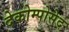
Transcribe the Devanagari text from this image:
देकोम्पोसेद